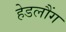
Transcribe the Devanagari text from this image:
हेडलौंग